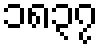
၁၈၃၇